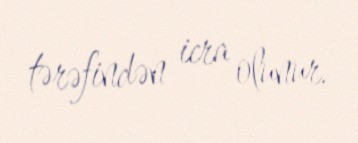
tərəfindən icra olunur.